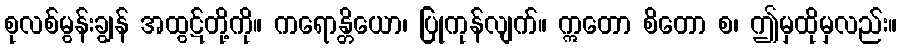
စုလစ်မွန်းချွန် အထွဋ်တို့ကို။ ကရောန္တိယော၊ ပြုကုန်လျက်။ ဣတော စိတော စ၊ ဤမှထိုမှလည်း။